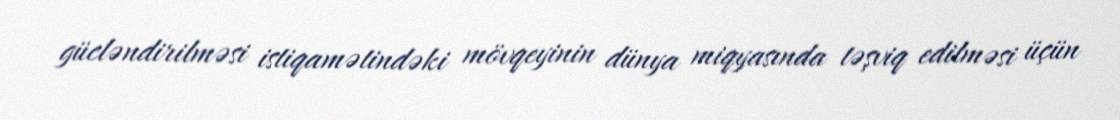
gücləndirilməsi istiqamətindəki mövqeyinin dünya miqyasında təşviq edilməsi üçün